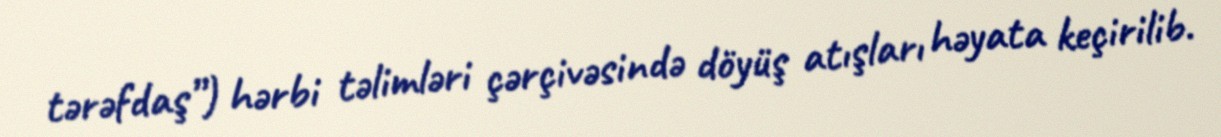
tərəfdaş”) hərbi təlimləri çərçivəsində döyüş atışları həyata keçirilib.